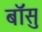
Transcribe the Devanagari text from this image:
बॉसु